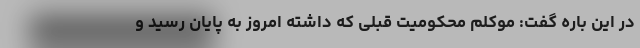
در این باره گفت: موکلم محکومیت قبلی که داشته امروز به پایان رسید و